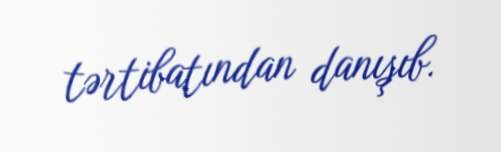
tərtibatından danışıb.